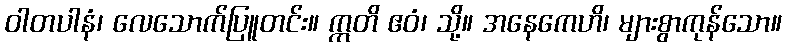
ဝါတပါနံ၊ လေသောက်ပြူတင်း။ ဣတိ ဧဝံ၊ သို့။ အနေကေဟိ၊ များစွာကုန်သော။